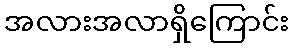
အလားအလာရှိကြောင်း